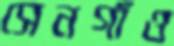
সেনগাঁও